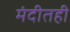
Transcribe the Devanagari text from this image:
मंदीतही